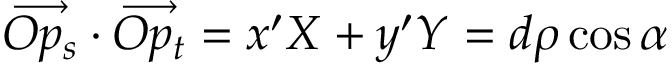
\overrightarrow { O p _ { s } } \cdot \overrightarrow { O p _ { t } } = x ^ { \prime } X + y ^ { \prime } Y = d \rho \cos { \alpha }